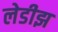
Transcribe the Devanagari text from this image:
लेडीझ